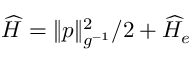
\widehat H = \| p \| _ { g ^ { - 1 } } ^ { 2 } / 2 + \widehat H _ { e }